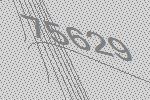
75629